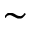
\sim